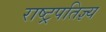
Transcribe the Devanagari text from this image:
राष्ट्रपतिज्ञ्य